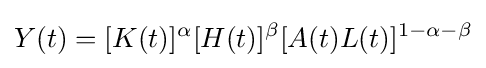
Y(t)=[K(t)]^{\alpha }[H(t)]^{\beta }[A(t)L(t)]^{1-\alpha -\beta }